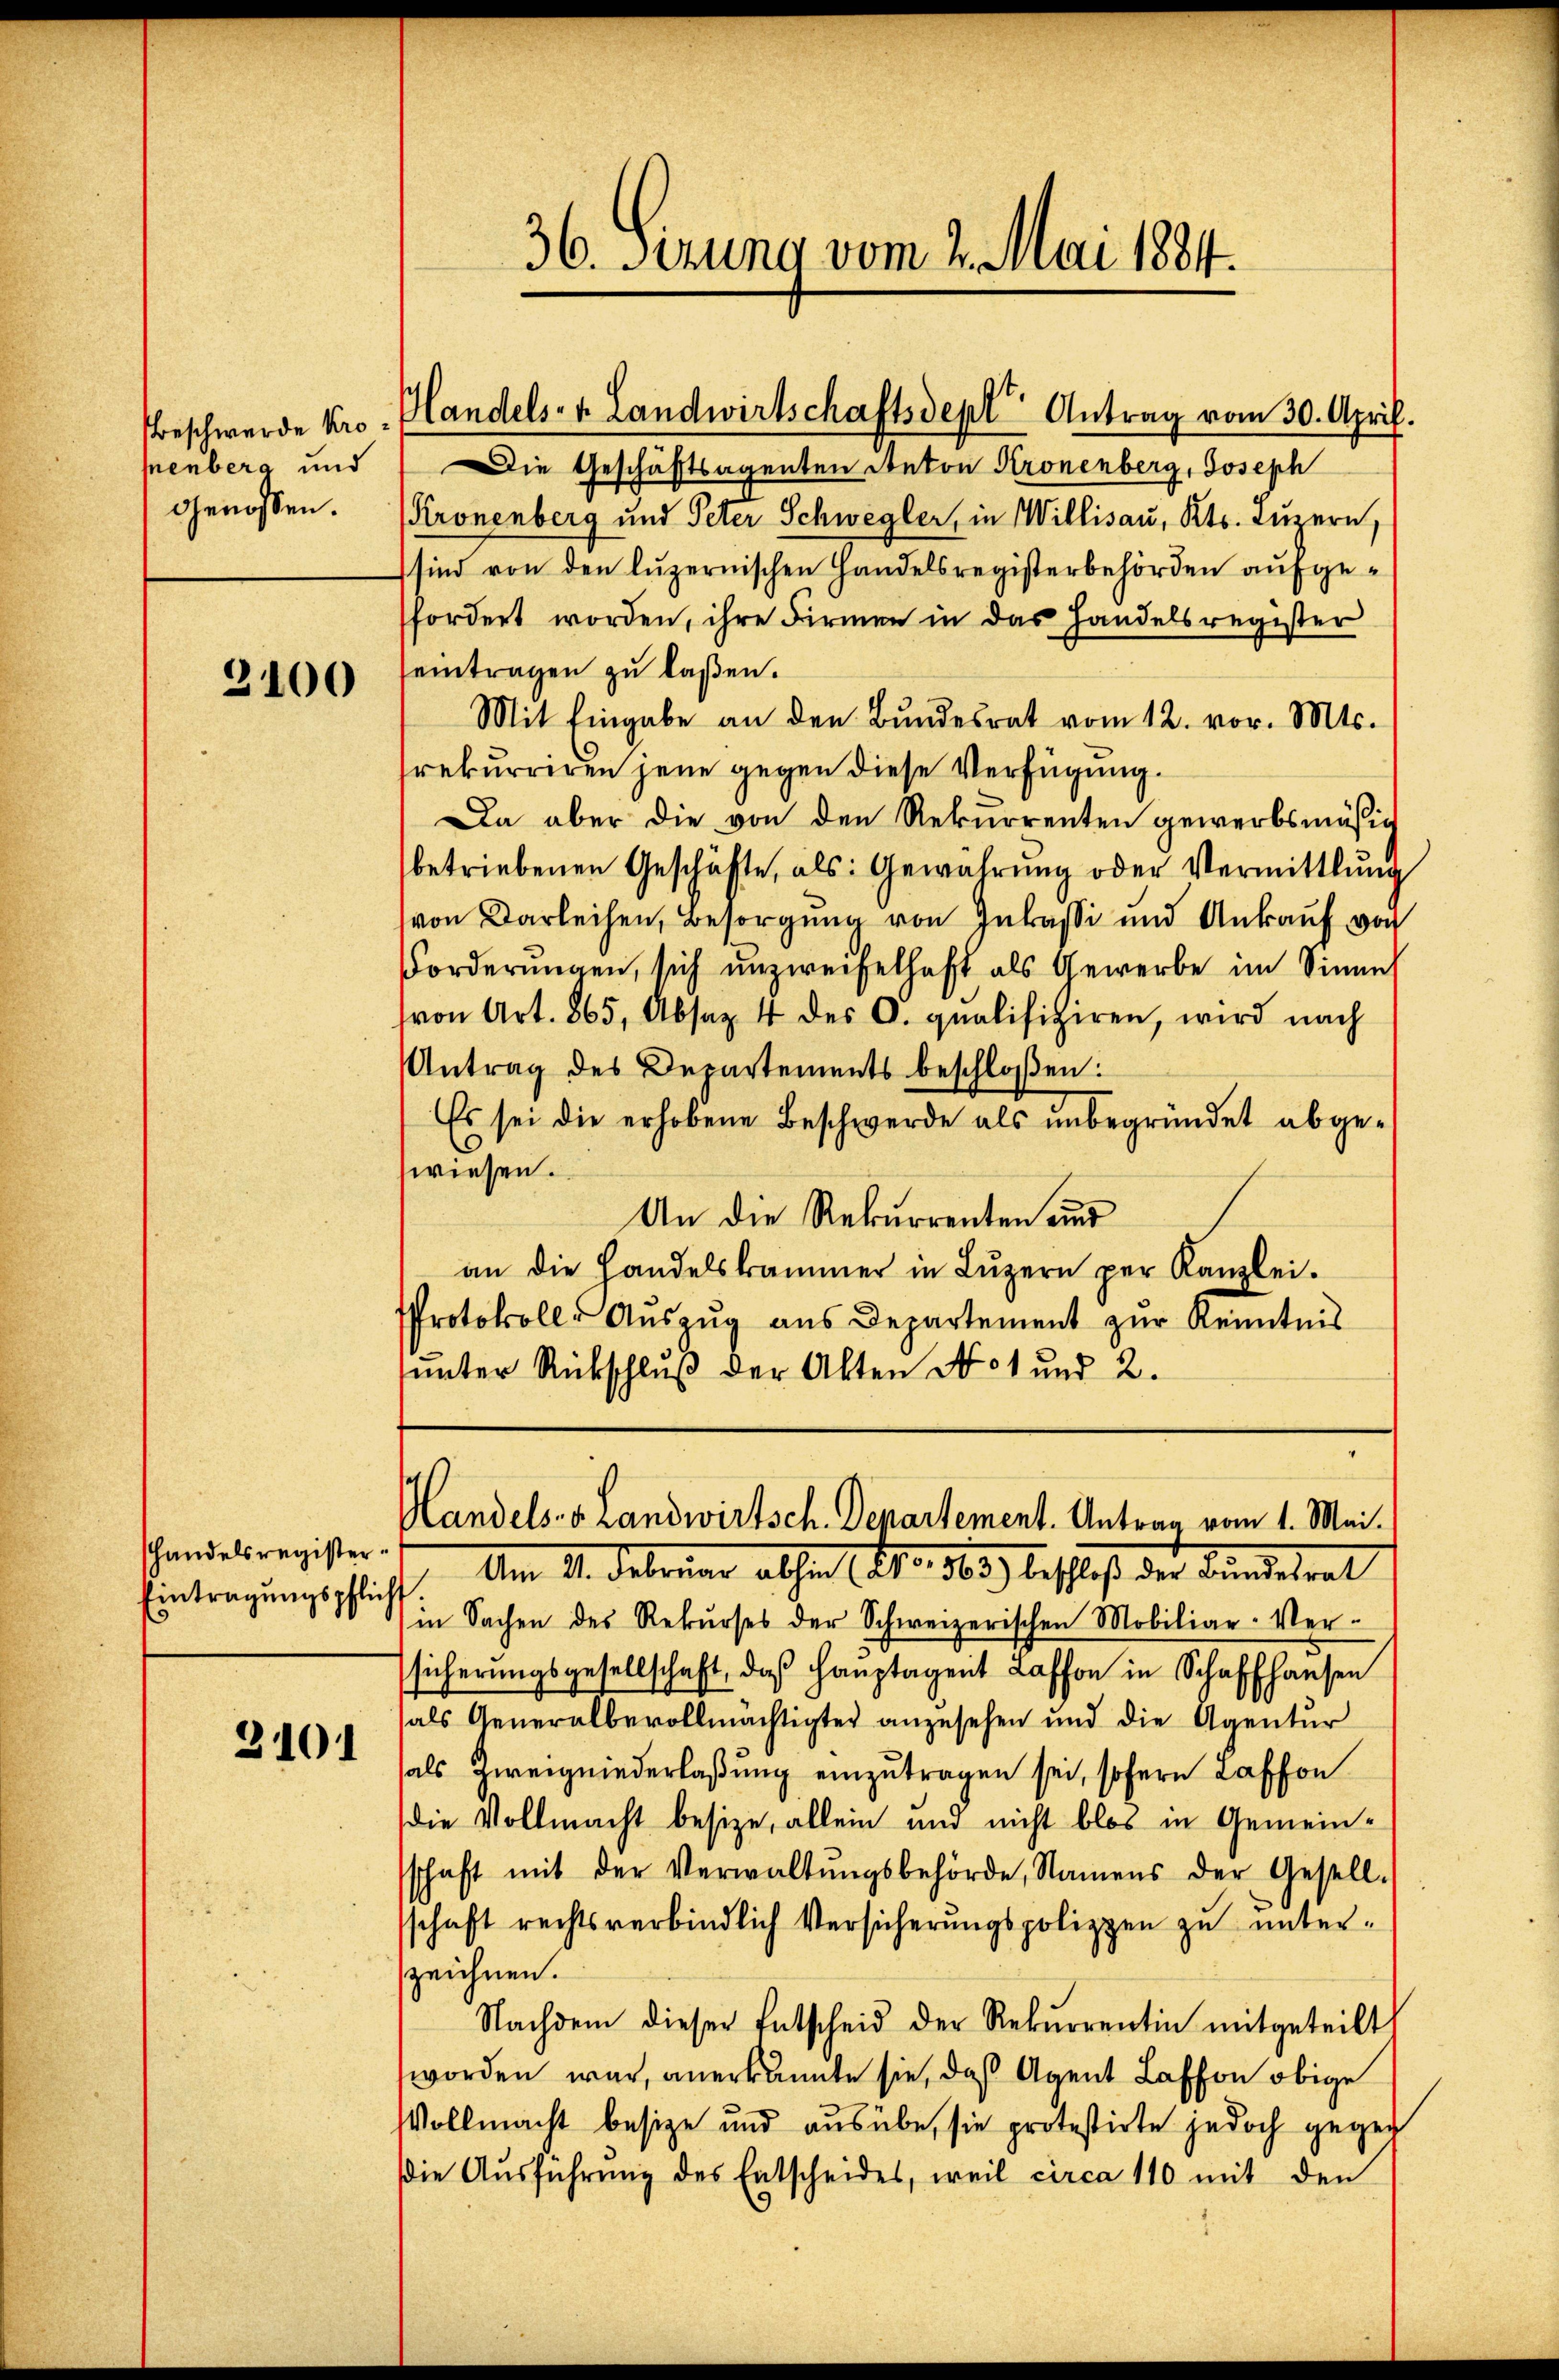
Beschwerde Kropenbera und
genossen.

3100

Handelsregister.
Eintragungspflicht.

3101

Die Geschäftsagenten Anton Kronenberg, Joseph
Kronenberg und Peter Schwegler, in Willisau, Kts. Luzern,
sind von den luzernischen Handelsregisterbehörden aufgefordert worden, ihre Firmen in das Handelsregister
eintragen zu laßen.
Mit Eingabe an den Bŭndesrat vom 12. vor. Mts.
rekurriren jene gegen diese Verfügung.
Da aber die von den Rekurrenten gewerbsmäßig
betriebenen Geschäfte, als: Gewährŭng oder Vermittlung
von Darlehen, Besorgung von Inkassi und Ankauf von
Forderŭngen, sich unzweifelhaft als Gewerbe im Sinne
von Art. 865, Absaz 4 des C. qualifiziren, wird nach
Antrag des Departements beschloßen:
Es sei die erhobene Beschwerde als unbegründet abgewiesen.
An die Rekurrenten eine
an die Handelskammer in Lŭzern per Kanzlei.
Protokoll- Aŭszŭg aŭs Departement zŭr Kenntnis
unter Rückschluß der Alten No 51 und 2.

36. Ferung vom 2. Mai 1884.

Handels- u. Landwirtschaftsdept Antrag vom 30. April.

Handels- u. Landwirtsch. Departement. Antrag vom 1. Mai.

Am 11. Februar allen (No. 1803) beschloß der Bundesrat
in Sachen des Rekurses der Schweizerischen Mobiliar-Ver-
sicherŭngsgesellschaft, das Hauptagent Laffen in Schaffhausen
als Generalbevollmächtigter anzusehen und die Agentur
als Zweigniederlaßung einzutragen sei, sofern Lasson
die Vollmacht besize, allein und nicht blos in Gemeinschaft mit der Verwaltŭngsbehörde, Namens der Gesell-
schaft rechtsverbindlich Versicherungspolippen zu unterzeichnen.
Nachdem dieser Entscheid der Rekŭrrentin mitgeteilt
worden war, anerkannte sie, daß Agent Lasson obige
Vollmacht besize und ausübe, sie protestirte jedoch gegen
Die Ausführung des Entscheides, weil circa 110 mit den